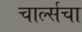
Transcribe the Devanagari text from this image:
चार्ल्सचा